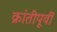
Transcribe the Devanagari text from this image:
क्रांतीपूर्वी